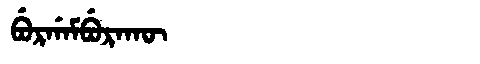
Manchu: ᠪᡠᡵᡤᠠᠮᠪᡠᡵᠠᡴᡡ
Romanization: BURGAMBURAKŪ